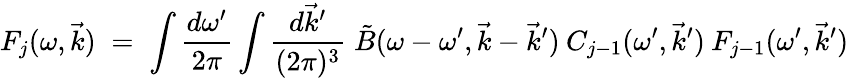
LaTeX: F_{j}(\omega,\vec{k})\; =\; \int\frac{d\omega^{\prime}}{2\pi}\int\frac{d\vec{k}^{\prime}}{(2\pi)^{3}}\; \tilde{B}(\omega-\omega^{\prime},\vec{k}-\vec{k}^{\prime})\: C_{j-1}(\omega^{\prime},\vec{k}^{\prime})\: F_{j-1}(\omega^{\prime},\vec{k}^{\prime})